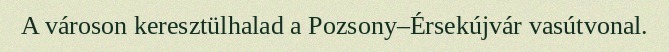
A városon keresztülhalad a Pozsony–Érsekújvár vasútvonal.